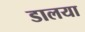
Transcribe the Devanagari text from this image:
डालया